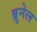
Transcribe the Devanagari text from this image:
ब्रुनेल